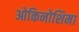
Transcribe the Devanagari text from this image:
ओकिनोशिमा